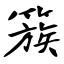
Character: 簇